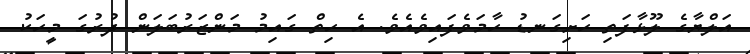
އަލްޔާގެ ލޫޅާފަތި ހަށިގަނޑު ހާމަވެފައިވެއެވެ. އެ ހިތް ގައިމު މަންޒަރުބަލަން ދުރުގަ މީހަކު